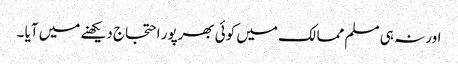
اور نہ ہی مسلم ممالک میں کوئی بھرپور احتجاج دیکھنے میں آیا ۔